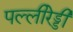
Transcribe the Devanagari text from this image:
पल्लीरेड्डी